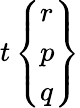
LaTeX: t\left\{ {\begin{array}{l}{r}\\ {p}\\ {q}\end{array}}\right\}